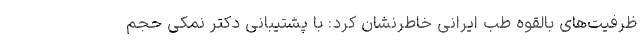
ظرفیت‌های بالقوه طب ایرانی خاطرنشان کرد: با پشتیبانی دکتر نمکی حجم